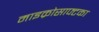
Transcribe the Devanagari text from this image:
माइक्रोसाफ्टका